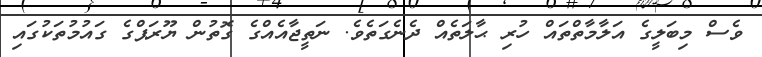
ވެސް މިބަލީގެ އަލާމާތްތައް ހުރި ޙާލަތެއް ދެނެގަތެވެ. ނަތީޖާއެއްގެ ގޮތުން ޔޫރަޕްގެ ގައުމުތަކުގައި